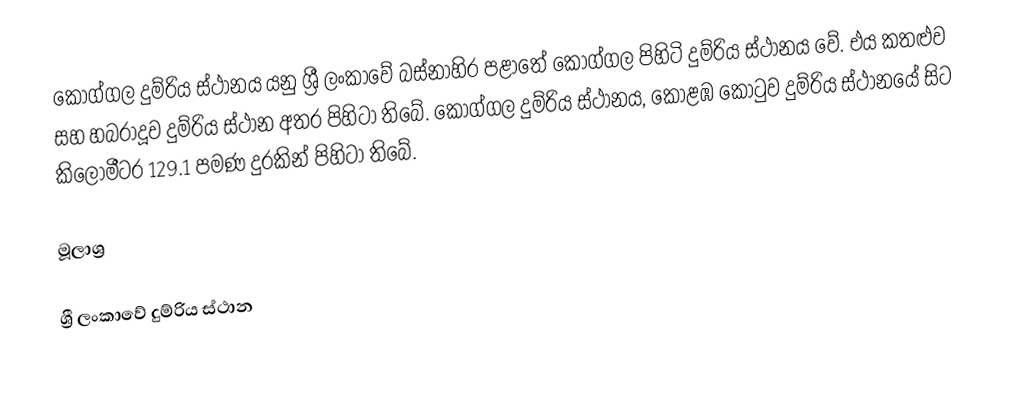
කොග්ගල දුම්රිය ස්ථානය යනු ශ්‍රී ලංකාවේ බස්නාහිර පළාතේ කොග්ගල පිහිටි දුම්රිය ස්ථානය වේ. එය කතළුව සහ හබරාදූව දුම්රිය ස්ථාන අතර පිහිටා තිබේ. කොග්ගල දුම්රිය ස්ථානය, කොළඹ කොටුව දුම්රිය ස්ථානයේ සිට කිලෝමීටර 129.1 පමණ දුරකින් පිහිටා තිබේ.

මූලාශ්‍ර

ශ්‍රී ලංකාවේ දුම්රිය ස්ථාන